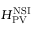
H _ { \mathrm { P V } } ^ { \mathrm { N S I } }